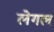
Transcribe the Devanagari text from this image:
लेगल